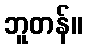
ဘူတန်။